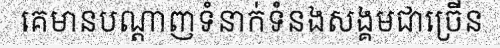
គេមានបណ្តាញទំនាក់ទំនងសង្គមជាច្រើន